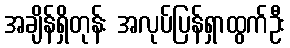
အချိန်ရှိတုန်း အလုပ်ပြန်ရှာထွက်ဦး